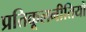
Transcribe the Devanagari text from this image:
प्रतिकूलनीतियों